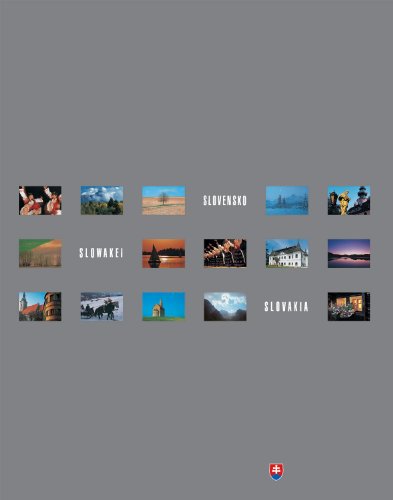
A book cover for Slovensko - Slowakei - Slovakia; Karol Kallay; Travel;